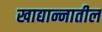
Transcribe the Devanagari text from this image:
खाद्यान्नातील